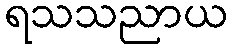
ရသသညာယ